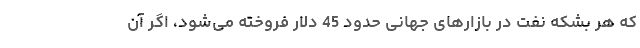
که هر بشکه نفت در بازارهای جهانی حدود 45 دلار فروخته می‌شود، اگر آن